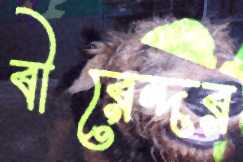
বীরেন্দর